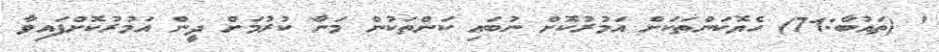
' (ތައުބާ:71) ހެޔޮކަންތަކަށް އަމުރުކޮށް ނުބައި ކަންތަކުން މަނާ ކުރުމަށް ދީން އަމުރުކޮށްފައިވާ